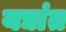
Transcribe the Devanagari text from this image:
यद्यांत